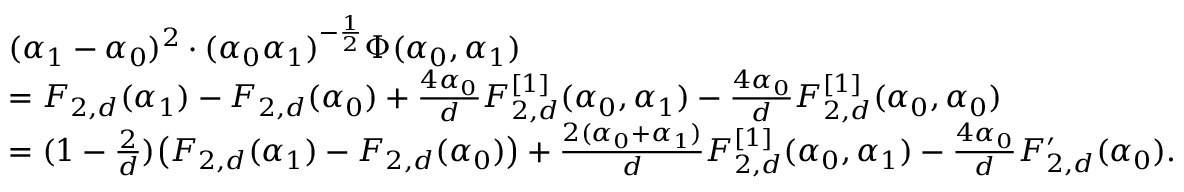
\begin{array} { r l } & { ( \alpha _ { 1 } - \alpha _ { 0 } ) ^ { 2 } \cdot ( \alpha _ { 0 } \alpha _ { 1 } ) ^ { - \frac 1 2 } \Phi ( \alpha _ { 0 } , \alpha _ { 1 } ) } \\ & { = F _ { 2 , d } ( \alpha _ { 1 } ) - F _ { 2 , d } ( \alpha _ { 0 } ) + \frac { 4 \alpha _ { 0 } } { d } F _ { 2 , d } ^ { [ 1 ] } ( \alpha _ { 0 } , \alpha _ { 1 } ) - \frac { 4 \alpha _ { 0 } } { d } F _ { 2 , d } ^ { [ 1 ] } ( \alpha _ { 0 } , \alpha _ { 0 } ) } \\ & { = ( 1 - \frac { 2 } { d } ) \big ( F _ { 2 , d } ( \alpha _ { 1 } ) - F _ { 2 , d } ( \alpha _ { 0 } ) \big ) + \frac { 2 ( \alpha _ { 0 } + \alpha _ { 1 } ) } { d } F _ { 2 , d } ^ { [ 1 ] } ( \alpha _ { 0 } , \alpha _ { 1 } ) - \frac { 4 \alpha _ { 0 } } { d } F _ { 2 , d } ^ { \prime } ( \alpha _ { 0 } ) . } \end{array}